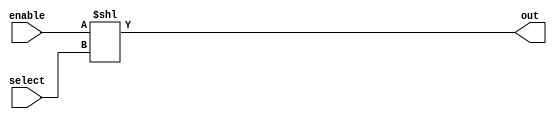
module decoder_32(select, enable, out);
    input [4:0] select;
    input enable;
    output [31:0] out;

    assign out = enable << select;
endmodule